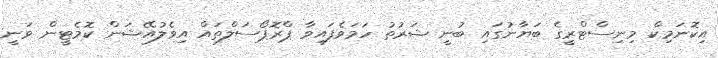
އިކޮނަމިކް މިނިސްޓްރީގެ ބަޔާނުގައި ބުނީ ޝަރުތު ހަމަވެފައިވާ ޕްރޮޕޯސަލްތައް އިވެލުއޭޝަން ކޮމެޓީން ވަނީ